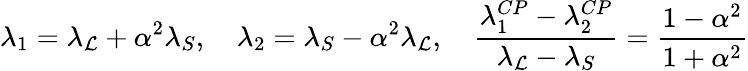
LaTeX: \lambda_{1}=\lambda_{\mathcal{L}}+\alpha^{2}\lambda_{S},\quad\lambda_{2}=\lambda_{S}-\alpha^{2}\lambda_{\mathcal{L}},\quad\frac{{\lambda_{1}^{CP}-\lambda_{2}^{CP}}}{{\lambda_{\mathcal{L}}-\lambda_{S}}}=\frac{{1-\alpha^{2}}}{{1+\alpha^{2}}}